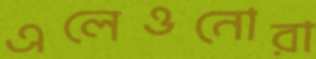
এলেওনোরা